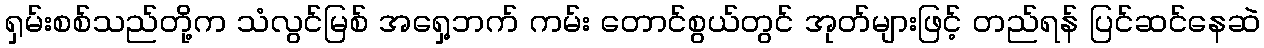
ရှမ်းစစ်သည်တို့က သံလွင်မြစ် အရှေ့ဘက် ကမ်း တောင်စွယ်တွင် အုတ်များဖြင့် တည်ရန် ပြင်ဆင်နေဆဲ